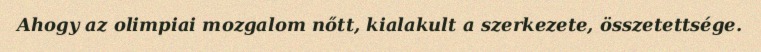
Ahogy az olimpiai mozgalom nőtt, kialakult a szerkezete, összetettsége.